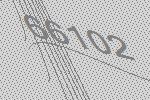
66102